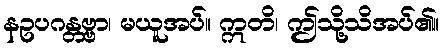
နဥပဂန္တဗ္ဗာ၊ မယူအပ်။ ဣတိ၊ ဤသို့သိအပ်၏။